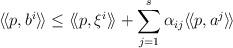
LaTeX: \begin{align*}\langle\! \langle p,b^i\rangle\!\rangle\leq \langle\!\langle p,\xi^i\rangle\!\rangle+\sum_{j=1}^s\alpha_{ij}\langle\!\langle p,a^j\rangle\!\rangle\end{align*}